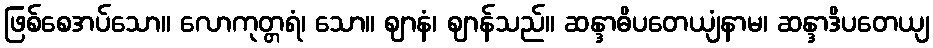
ဖြစ်စေအပ်သော။ လောကုတ္တရံ၊ သော။ ဈာနံ၊ ဈာန်သည်။ ဆန္ဒာဓိပတေယျံနာမ၊ ဆန္ဒာဒိပတေယျ